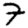
Digit: 7